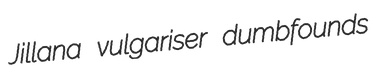
Jillana vulgariser dumbfounds